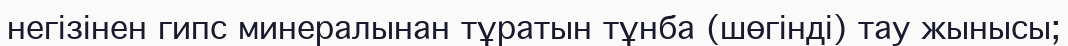
негізінен гипс минералынан тұратын тұнба (шөгінді) тау жынысы;